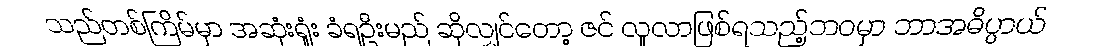
သည်တစ်ကြိမ်မှာ အဆုံးရှုံး ခံရဦးမည် ဆိုလျှင်တော့ ဇင် လူလာဖြစ်ရသည့်ဘဝမှာ ဘာအဓိပ္ပာယ်